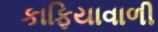
કાફિયાવાળી